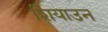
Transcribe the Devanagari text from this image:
शियाउन